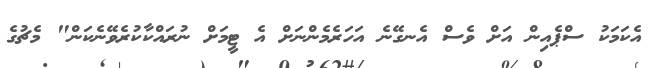
އެކަމަކު ސްޕެއިން އަށް ވެސް އެނގޭނެ އަހަރެމެންނަށް އެ ޓީމަށް ނުރައްކާކުރެވޭނެކަން" މެޗުގެ